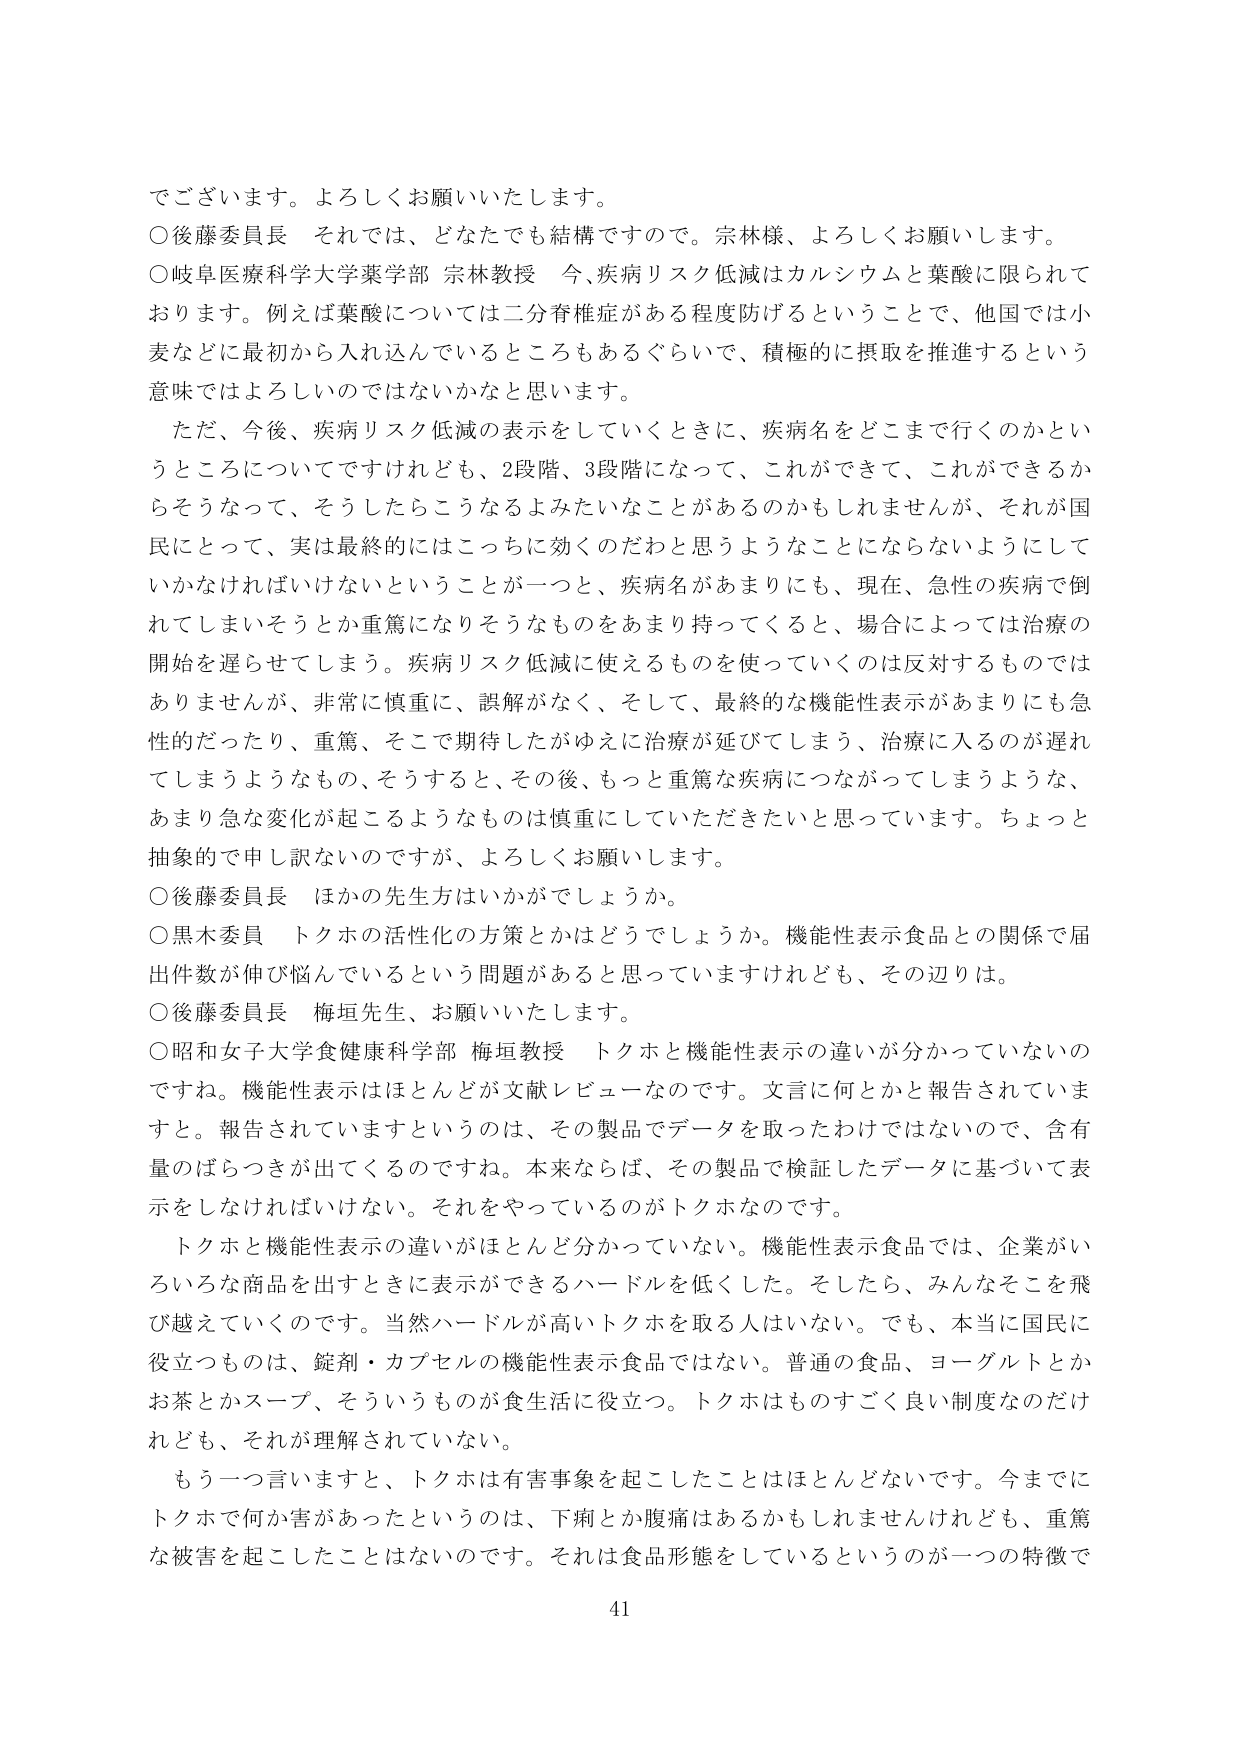
でございます。よろしくお願いいたします。

○後藤委員長　それでは、どなたでも結構ですので。宗林様、よろしくお願いします。

○岐阜医療科学大学薬学部 宗林教授　今、疾病リスク低減はカルシウムと葉酸に限られております。例えば葉酸については二分脊椎症がある程度防げるということで、他国では小麦などに最初から入れ込んでいるところもあるぐらいで、積極的に摂取を推進するという意味ではよろしいのではないかと思います。

　ただ、今後、疾病リスク低減の表示をしていくときに、疾病名をどこまで行くのかというところについてですけれども、2段階、3段階になって、これができて、これができるからそうなって、そうしたらこうなるよみたいなことがあるのかもしれませんが、それが国民にとって、実は最終的にはこっちに効くのだわと思うようなことにならないようにしていかなければならないということが一つと、疾病名があまりにも、現在、急性の疾病で倒れてしまいそうとか重篤になりそうなものをあまり持ってくると、場合によっては治療の開始を遅らせてしまう。疾病リスク低減に使えるものを使っていくのは反対するものではありませんが、非常に慎重に、誤解がなく、そして、最終的な機能性表示があまりにも急性的だったり、重篤、そこで期待したがゆえに治療が延びてしまう、治療に入るのを遅れてしまうようなもの、そうすると、その後、もっと重篤な疾病につながってしまうような、あまり急な変化が起こるようなものは慎重にしていただきたいと思っています。ちょっと抽象的で申し訳ないのですが、よろしくお願いします。

○後藤委員長　ほかの先生方はいかがでしょうか。

○黒木委員　トクホの活性化の方策とかはどうでしょうか。機能性表示食品との関係で届出件数が伸び悩んでいるという問題があると思っていますけれども、その辺りは。

○後藤委員長　梅垣先生、お願いいたします。

○昭和女子大学食健康科学部 梅垣教授　トクホと機能性表示の違いが分かっていないのですね。機能性表示はほとんどが文献レビューなのです。文言に何とかと報告されていますと。報告されていますというのは、その製品でデータを取ったわけではないので、含有量のばらつきが出てくるのですね。本来ならば、その製品で検証したデータに基づいて表示をしなければいけない。それをやっているのがトクホなのです。

　トクホと機能性表示の違いがほとんど分かっていない。機能性表示食品では、企業がいろいろな商品を出すときに表示ができるハードルを低くした。そしたら、みんなそこを飛び越えていくのです。当然ハードルが高いトクホを取る人はいない。でも、本当に国民に役立つものは、錠剤・カプセルの機能性表示食品ではない。普通の食品、ヨーグルトとかお茶とかスープ、そういうものが食生活に役立つ。トクホはものすごく良い制度なのだけれども、それが理解されていない。

　もう一つ言いますと、トクホは有害事象を起こしたことはほとんどないのです。今までにトクホで何か害があったというのは、下痢とか腹痛はあるかもしれませんが、重篤な被害を起こしたことはないのです。それは食品形態をしているというのが一つの特徴で

41